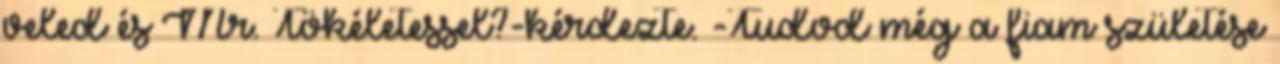
veled és Mr. Tökéletessel?-kérdezte. -Tudod még a fiam születése